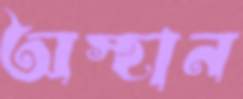
অস্হান